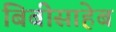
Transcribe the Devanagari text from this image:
बिबीसाहेब